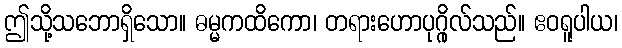
ဤသို့သဘောရှိသော။ ဓမ္မကထိကော၊ တရားဟောပုဂ္ဂိုလ်သည်။ ဧဝရူပါယ၊